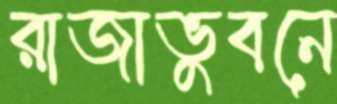
রাজাভুবনে